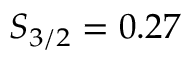
S _ { 3 / 2 } = 0 . 2 7